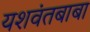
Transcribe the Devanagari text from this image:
यशवंतबाबा